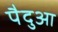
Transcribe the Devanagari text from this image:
पैदुआ